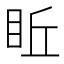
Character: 𥅔